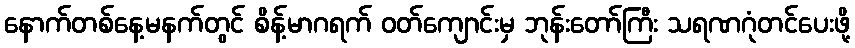
နောက်တစ်နေ့မနက်တွင် စိန့်မာဂရက် ဝတ်ကျောင်းမှ ဘုန်းတော်ကြီး သရဏဂုံတင်ပေးဖို့